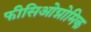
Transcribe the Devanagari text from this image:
फीसिओग्नोमिक